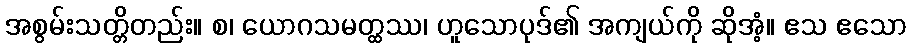
အစွမ်းသတ္တိတည်း။ စ၊ ယောဂသမတ္ထဿ၊ ဟူသောပုဒ်၏ အကျယ်ကို ဆိုအံ့။ ဧသ ဧသော